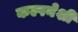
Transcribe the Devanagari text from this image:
कल्पनेशी